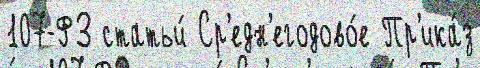
107-ФЗ статьи́ Ср'едн'егодово́е Пр'ика́з